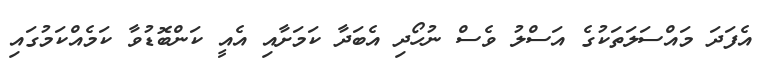
އެފަދަ މައްސަލަތަކުގެ އަސްލު ވެސް ނުހޯދި އެބަދާ ކަމަށާއި އެއީ ކަންބޮޑުވާ ކަމެއްކަމުގައި